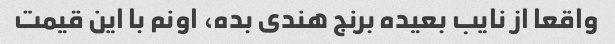
واقعا از نایب بعیده برنج هندی بده، اونم با این قیمت